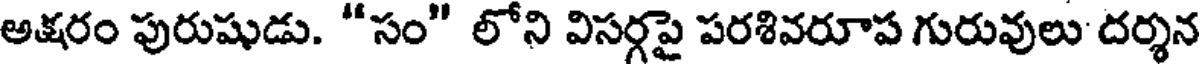
అక్షరం పురుషుడు. "సం" లోని విసర్గపై పరశివరూప గురువులు దర్శన